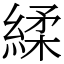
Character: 䋴